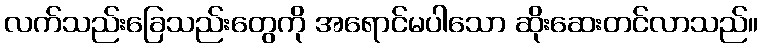
လက်သည်းခြေသည်းတွေကို အရောင်မပါသော ဆိုးဆေးတင်လာသည်။